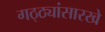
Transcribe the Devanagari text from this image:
गठ्ठ्यांसारखे